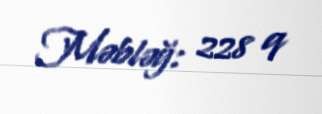
Məbləğ: 228 q